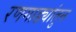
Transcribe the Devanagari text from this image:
रणगाड्यांतुन